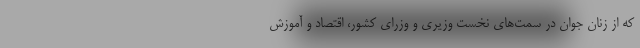
که از زنان جوان در سمت‌های نخست وزیری و وزرای کشور، اقتصاد و آموزش